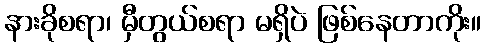
နားခိုစရာ၊ မှီတွယ်စရာ မရှိပဲ ဖြစ်နေတာကိုး။